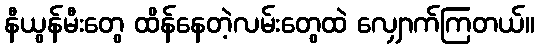
နီယွန်မီးတွေ ထိန်နေတဲ့လမ်းတွေထဲ လျှောက်ကြတယ်။